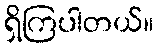
ရှိကြပါတယ်။